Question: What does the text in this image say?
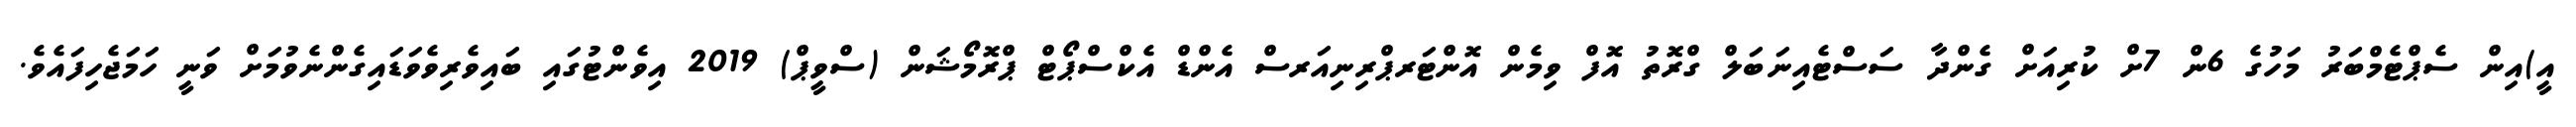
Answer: އީ)އިން ސެޕްޓެމްބަރު މަހުގެ 6ން 7ށް ކުރިއަށް ގެންދާ ސަސްޓެއިނަބަލް ގްރޮތު އޮފް ވިމެން އޮންޓަރޕްރިނިއަރސް އެންޑް އެކްސްޕޯޓް ޕްރޮމޯޝަން (ސްވީޕް) 2019 އިވެންޓުގައި ބައިވެރިވެވަޑައިގެންނެވުމަށް ވަނީ ހަމަޖެހިފައެވެ.